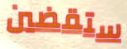
ستقضين